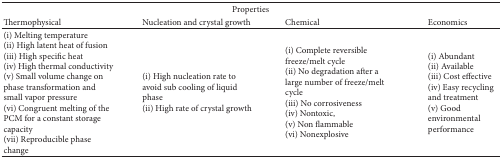
<table><thead><tr><td colspan="4"><b>Properties</b></td></tr><tr><td><b>Thermophysical</b></td><td><b>Nucleation and crystal growth</b></td><td><b>Chemical</b></td><td><b>Economics</b></td></tr></thead><tbody><tr><td>(i) Melting temperature (ii) High latent heat of fusion (iii) High specific heat (iv) High thermal conductivity (v) Small volume change on phase transformation and small vapor pressure (vi) Congruent melting of the PCM for a constant storage capacity (vii) Reproducible phase change</td><td>(i) High nucleation rate to avoid sub cooling of liquid phase (ii) High rate of crystal growth </td><td>(i) Complete reversible freeze/melt cycle (ii) No degradation after a large number of freeze/melt cycle (iii) No corrosiveness (iv) Nontoxic, (v) Non flammable (vi) Nonexplosive</td><td>(i) Abundant (ii) Available (iii) Cost effective (iv) Easy recycling and treatment (v) Good environmental performance </td></tr></tbody></table>